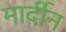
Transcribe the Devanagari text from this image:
मार्दीन